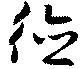
德